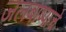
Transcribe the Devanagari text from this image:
जलबाष्पाचे